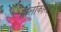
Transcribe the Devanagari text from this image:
होलोकॉस्टची